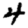
Digit: 4